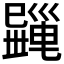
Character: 𢁎